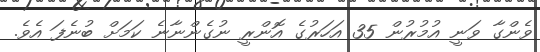
ވެންގާ ވަނީ އުމުރުން 35 އަހަރުގެ އޮންރީ ނުގެންނާނެ ކަމަށް ބުނެފަ އެވެ.